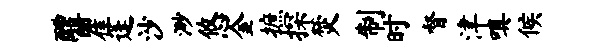
醴瞿蓬沙渺悠金摭探焚制时督津嗔候